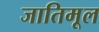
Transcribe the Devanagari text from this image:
जातिमूल